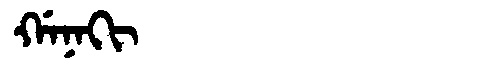
Manchu: ᡤᠠᠨᠠᡴᡳ
Romanization: GANAKI